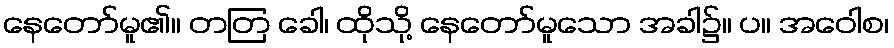
နေတော်မူ၏။ တတြ ခေါ၊ ထိုသို့ နေတော်မူသော အခါ၌။ ပ။ အဝေါစ၊